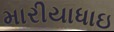
મારીયાધાઇ